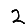
Digit: 2